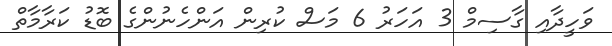
ވަހީދާއި ގާސިމް 3 އަހަރު 6 މަސް ކުރިން އަންހެނުންގެ ބޮޑު ކަރާމާތް